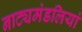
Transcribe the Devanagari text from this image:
नाट्यमंडलियां